Accounts of Education Authorities, 1919
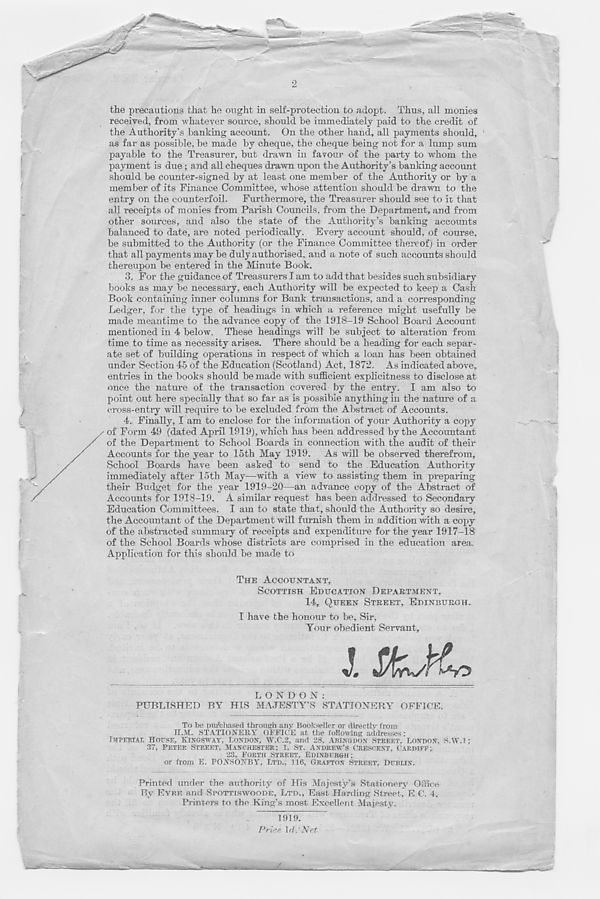
2
the pi-ecautions that he ought in self-protection to adopt. Thus, all monies
received, from whatever source, should be immediately paid to the credit of
the Authority’s banking account. On the other hand, all payments should,
as far as possible, be made by cheque, the cheque being not for a lump sum
payable to the Treasurer, but drawn in favour of the party to whom the
payment is due ; and all cheques drawn upon the Authority’s banking account
should be counter-signed by at least one member of the Authority or by a
member of its Finance Committee, whose attention should be drawn to the
entry on the counterfoil.
Furthermore, the Treasurer should see to it that
all receipts of monies from Parish Councils, from the Department, and from
other sources, and also the state of the Authority’s banking accounts
balanced to date, are noted periodically. Every account should, of course,
be submitted to the Authority (or the Finance Committee thereof) in order
that all payments may be duly authorised, and a note of such accounts should
thereupon be entered in the Minute Book.
3. For the guidance of Treasurers I am to add that besides such subsidiary
books as may be necessary, each Authority will be expected to keep a Cash
Book containing inner columns for Bank transactions, and a corresponding
Ledger, for the type of headings in which a reference might usefully be
made meantime to the advance copy of the 1918-19 School Board Account
mentioned in 4 below. These headings will be subject to alteration from
time to time as necessity arises. There should be a heading for each separ-
ate set of building operations in respect of which a loan has been obtained
under Section 45 of the Education (Scotland) Act, 1872. As indicated above,
entries in the books should be made with sufficient explicitness to disclose at
once the nature of the transaction covered by the entry. I am also to
point out here specially that so far as is possible anything in the nature of a
cross-entry will require to be excluded from the Abstract of Accounts.
4. Finally, I am to enclose for the information of your Authority a copy
of Form 49 (dated April 1919), which has been addressed by the Accountant
of the Department to School Boards in connection with the audit of their
Accounts for the year to 15th May 1919. As will be observed therefrom,
School Boards have been asked to send to the Education Authority
immediately after 15th May—with a view to assisting them in preparing
their Budget for the year 1919-20—an advance copy of the Abstract of
Accounts for 1918-19. A similar request has been addressed to Secondary
Education Committees. I am to state that, should the Authority so desire,
the Accountant of the Department will furnish them in addition with a copy
of the abstracted summary of receipts and expenditure for the year 1917-18
of the School Boards whose districts are comprised in the education area.
Application for this should be made to
THE ACCOUNTANT,
SCOTTISH EDUCATION DEPAKTMENT,
14, QUEEN STREET, EDINBURGH.
I have the honour to be. Sir,
Your obedient Servant,
LONDON:
PUBLISHED BY HIS MAJESTY’S STATIONERY OFFICE.
To be purchased thromrh any Bookseller or directly from
H.M. STATIONERY OFFICE at the following addresses:
IM PERT AT. rinrSF, KlNGSWAY, LONDON, W.C.2, and 28, ABINGDON STREET, LONDON, S.W.l ;
37, PETER STREET. MANCHESTER: 1, ST. ANDREW’S CRESCENT, CARDIFF;
23, PORTH STREET, EDINBURGH:
or from E. PONSONBY, LTD., 116, GRAFTON STREET, DUBLIN.
Printed under the authority of His Majesty’s Stationery Office
By EYRE and SPOTTISWOODE, LTD., East- Harding Street, E C. 4,
Printers to the King’s most Excellent Majesty.
Time
Prise. Id.'Net.
■
— -
— - ^
•*-